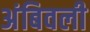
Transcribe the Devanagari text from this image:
अंबिवली